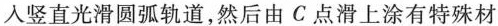
入竖直光滑圆弧轨道，然后由C点滑上涂有特殊材